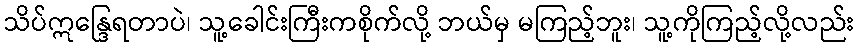
သိပ်ဣန္ဒြေရတာပဲ၊ သူ့ခေါင်းကြီးကစိုက်လို့ ဘယ်မှ မကြည့်ဘူး၊ သူ့ကိုကြည့်လို့လည်း